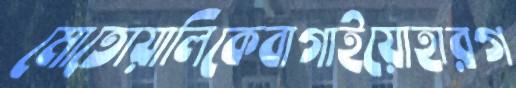
মোতোয়ালিকেবাগাইয়োহারগ